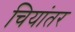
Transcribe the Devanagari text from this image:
चियांतर